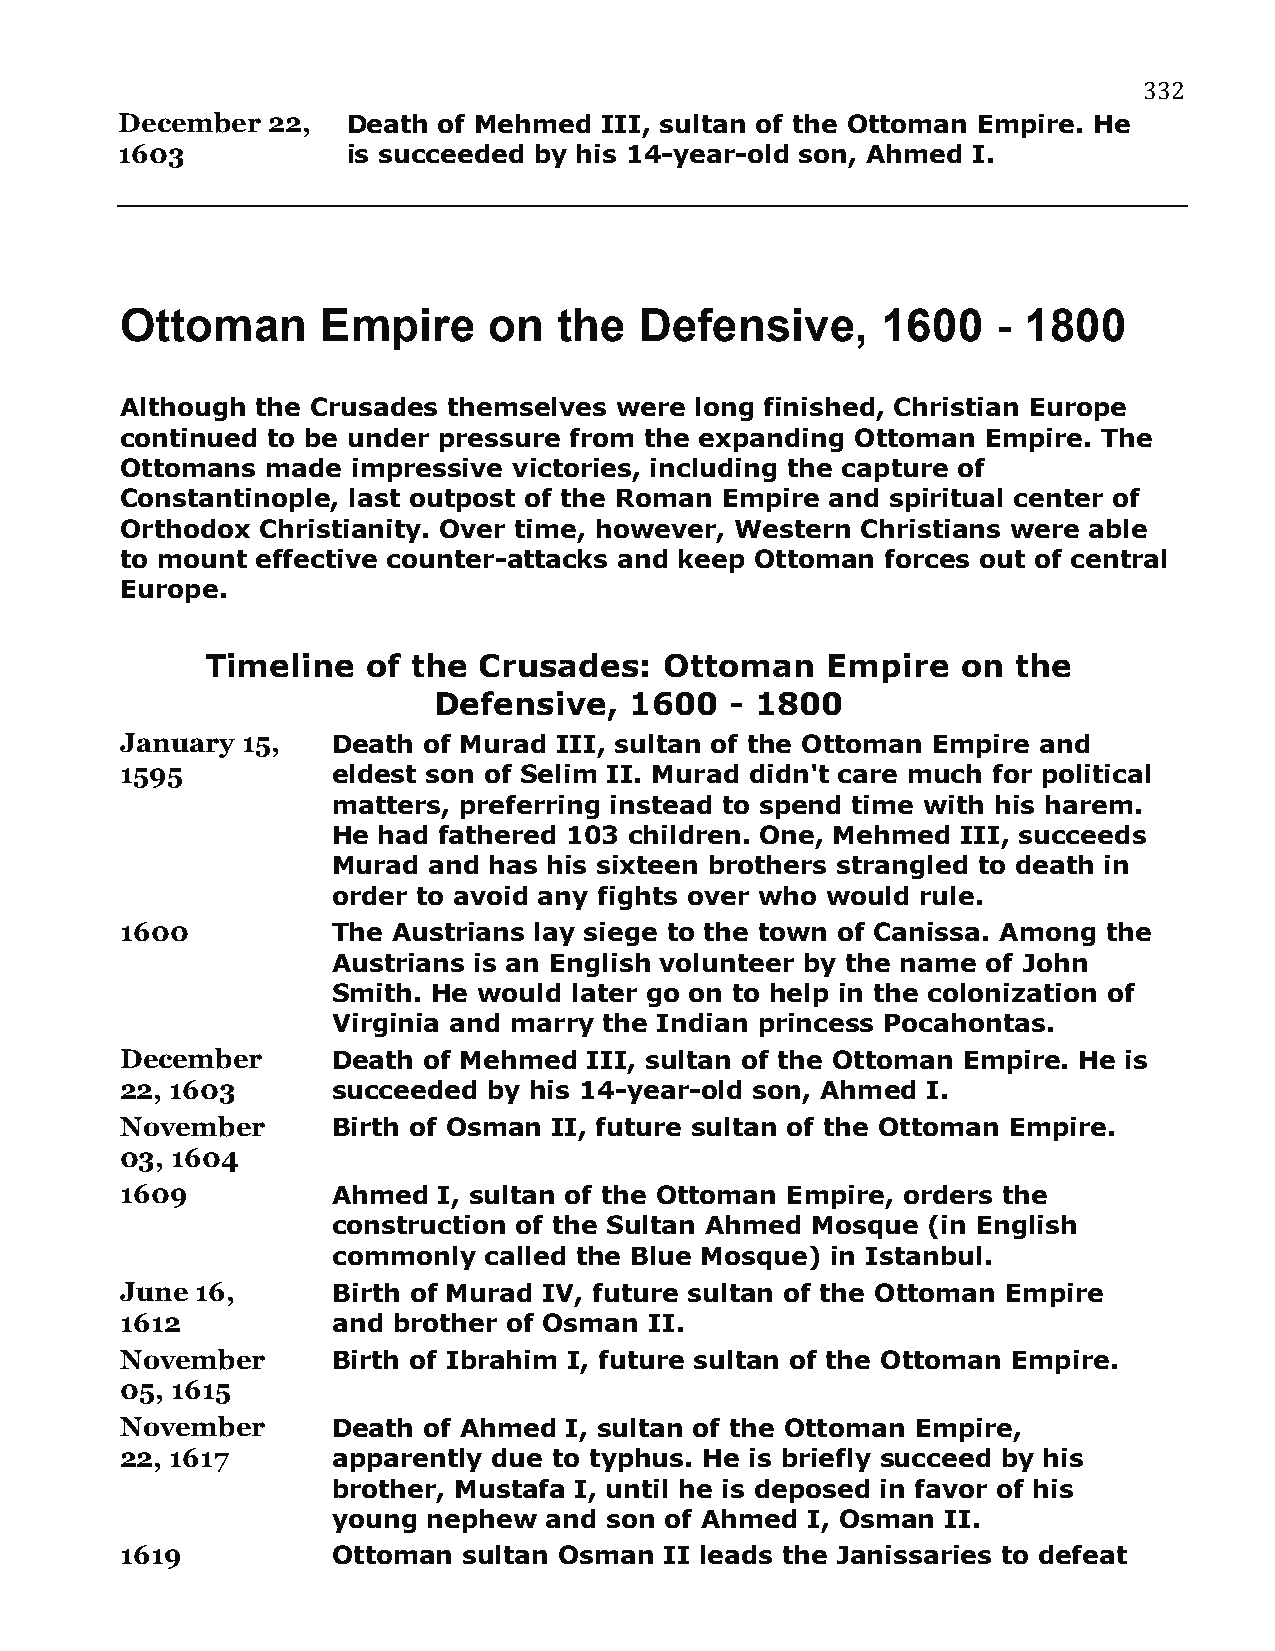
332
 December  22,  Death of Mehmed  III, sultan of the Ottoman Empire. He
 1603           is succeeded by his 14-year-old son, Ahmed I.
 Ottoman      Empire     on   the  Defensive,      1600    - 1800
 Although the Crusades themselves were long finished, Christian Europe
 continued to be under pressure from the expanding Ottoman Empire. The
 Ottomans  made impressive victories, including the capture of
 Constantinople, last outpost of the Roman Empire and spiritual center of
 Orthodox Christianity. Over time, however, Western Christians were able
 to mount effective counter-attacks and keep Ottoman forces out of central
 Europe.
 Timeline  of the  Crusades:   Ottoman    Empire   on the
 Defensive,   1600  - 1800
 January 15,   Death of Murad III, sultan of the Ottoman Empire and
 1595          eldest son of Selim II. Murad didn't care much for political
 matters, preferring instead to spend time with his harem.
 He had fathered 103 children. One, Mehmed III, succeeds
 Murad and has his sixteen brothers strangled to death in
 order to avoid any fights over who would rule.
 1600          The Austrians lay siege to the town of Canissa. Among the
 Austrians is an English volunteer by the name of John
 Smith. He would later go on to help in the colonization of
 Virginia and marry the Indian princess Pocahontas.
 December      Death of Mehmed  III, sultan of the Ottoman Empire. He is
 22, 1603      succeeded by his 14-year-old son, Ahmed I.
 November      Birth of Osman II, future sultan of the Ottoman Empire.
 03, 1604
 1609          Ahmed  I, sultan of the Ottoman Empire, orders the
 construction of the Sultan Ahmed Mosque (in English
 commonly  called the Blue Mosque) in Istanbul.
 June 16,      Birth of Murad IV, future sultan of the Ottoman Empire
 1612          and brother of Osman II.
 November      Birth of Ibrahim I, future sultan of the Ottoman Empire.
 05, 1615
 November      Death of Ahmed I, sultan of the Ottoman Empire,
 22, 1617      apparently due to typhus. He is briefly succeed by his
 brother, Mustafa I, until he is deposed in favor of his
 young nephew  and son of Ahmed I, Osman  II.
 1619          Ottoman  sultan Osman II leads the Janissaries to defeat